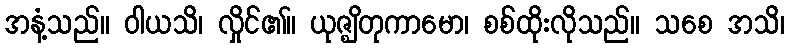
အနံ့သည်။ ဝါယသိ၊ လှိုင်၏။ ယုဇ္ဈိတုကာမော၊ စစ်ထိုးလိုသည်။ သစေ အသိ၊